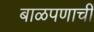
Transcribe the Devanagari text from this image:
बाळपणाची